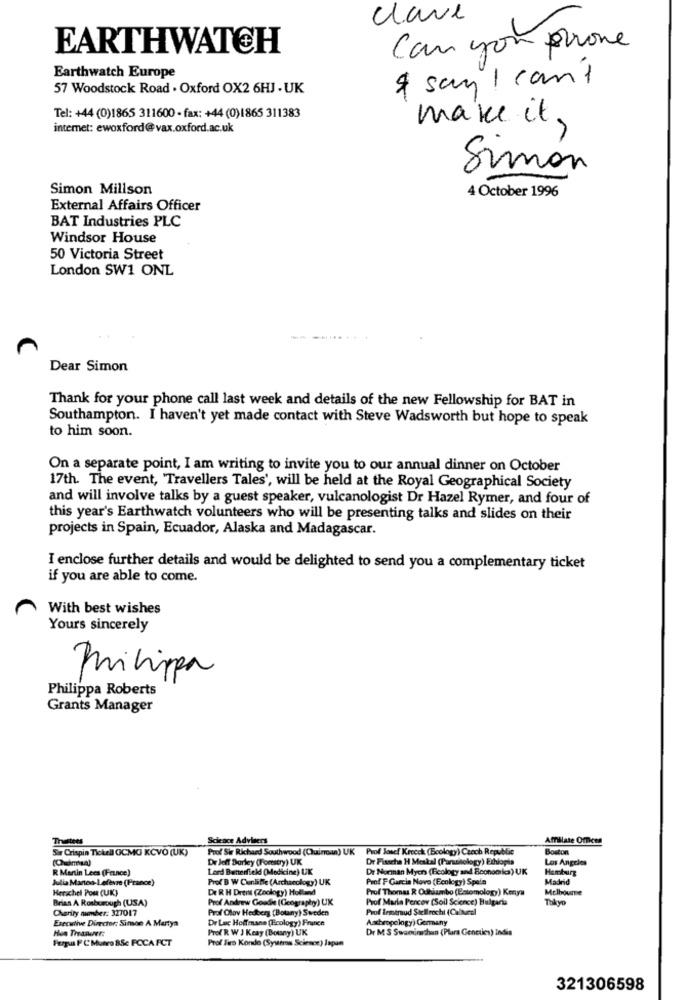
clave
EARTHWATCH
Can you prone
Earthwatch Europe
& sayI cant
57 Woodstock Road . Oxford OX2 6HJ . UK
Tel: +44 (0)1865 311600 - fax: +44 (0)1865 311383
make it,
internet: ewoxford@vax.oxford.ac.uk
Simón
Simon Millson
4 October 1996
External Affairs Officer
BAT Industries PLC
Windsor House
50 Victoria Street
London SW1 ONL
-
Dear Simon
Thank for your phone call last week and details of the new Fellowship for BAT in
Southampton. I haven't yet made contact with Steve Wadsworth but hope to speak
to him soon.
On a separate point, I am writing to invite you to our annual dinner on October
17th. The event, "Travellers Tales', will be held at the Royal Geographical Society
and will involve talks by a guest speaker, vulcanologist Dr Hazel Rymer, and four of
this year's Earthwatch volunteers who will be presenting talks and slides on their
projects in Spain, Ecuador, Alaska and Madagascar.
I enclose further details and would be delighted to send you a complementary ticket
if you are able to come.
With best wishes
Yours sincerely
pritippa
Philippa Roberts
Grants Manager
Thustees
Science Advisers
Affilate Offices
Sir Crispin Tickell OCMG KČVO (UK)
Prof Sir Richard Southwood (Chuincan) UK Prof Josef Krecck (Boology) Czech Republic
Boston
Dr Jeff Barley (Forestry) UK
Dr Fisscha H Meskal (Parasiology) Ethiopia
Los Angeles
R. Martin Lees (France)
Lord Butterfield (Medicine) UK
Dr Moran Mycr (Ecology and Economics) UK
Hamburg
Julia Mantos-Lefèvre (France)
Prof B W Cunliffe (Archaeology) UK
Prof F Garcia Nove (Ecology) Spain
Madrid
Herschel Pou (UK)
De R H Drents (Zoology) Holland
Prof Thomas R Odhizmbo (Estomology) Kenya
Melbourne
Brian A Rosborough (USA)
Prof Andrew Goudke (Geography) UK
Prof Marin Percov (Soil Science) Bulgaria
Tokyo
Charity menher: 327017
Prof Olov Hedberg (Botany) Sweden
Prof Irmtraud Stellrecht (Culturel
Executive Director: Simon A Martya
Dr Lac Hoffmann (Ecology) France
Aachropology) Germany
Hen Treasurer:
Prof R W J Keay (Bouny) UK
Dr MS Swaminathan (Plara Genetics) Indis
Fergus F C Muero B5c PCCA FCT
Prof Firo Kondo (Systers Science) Japan
321306598